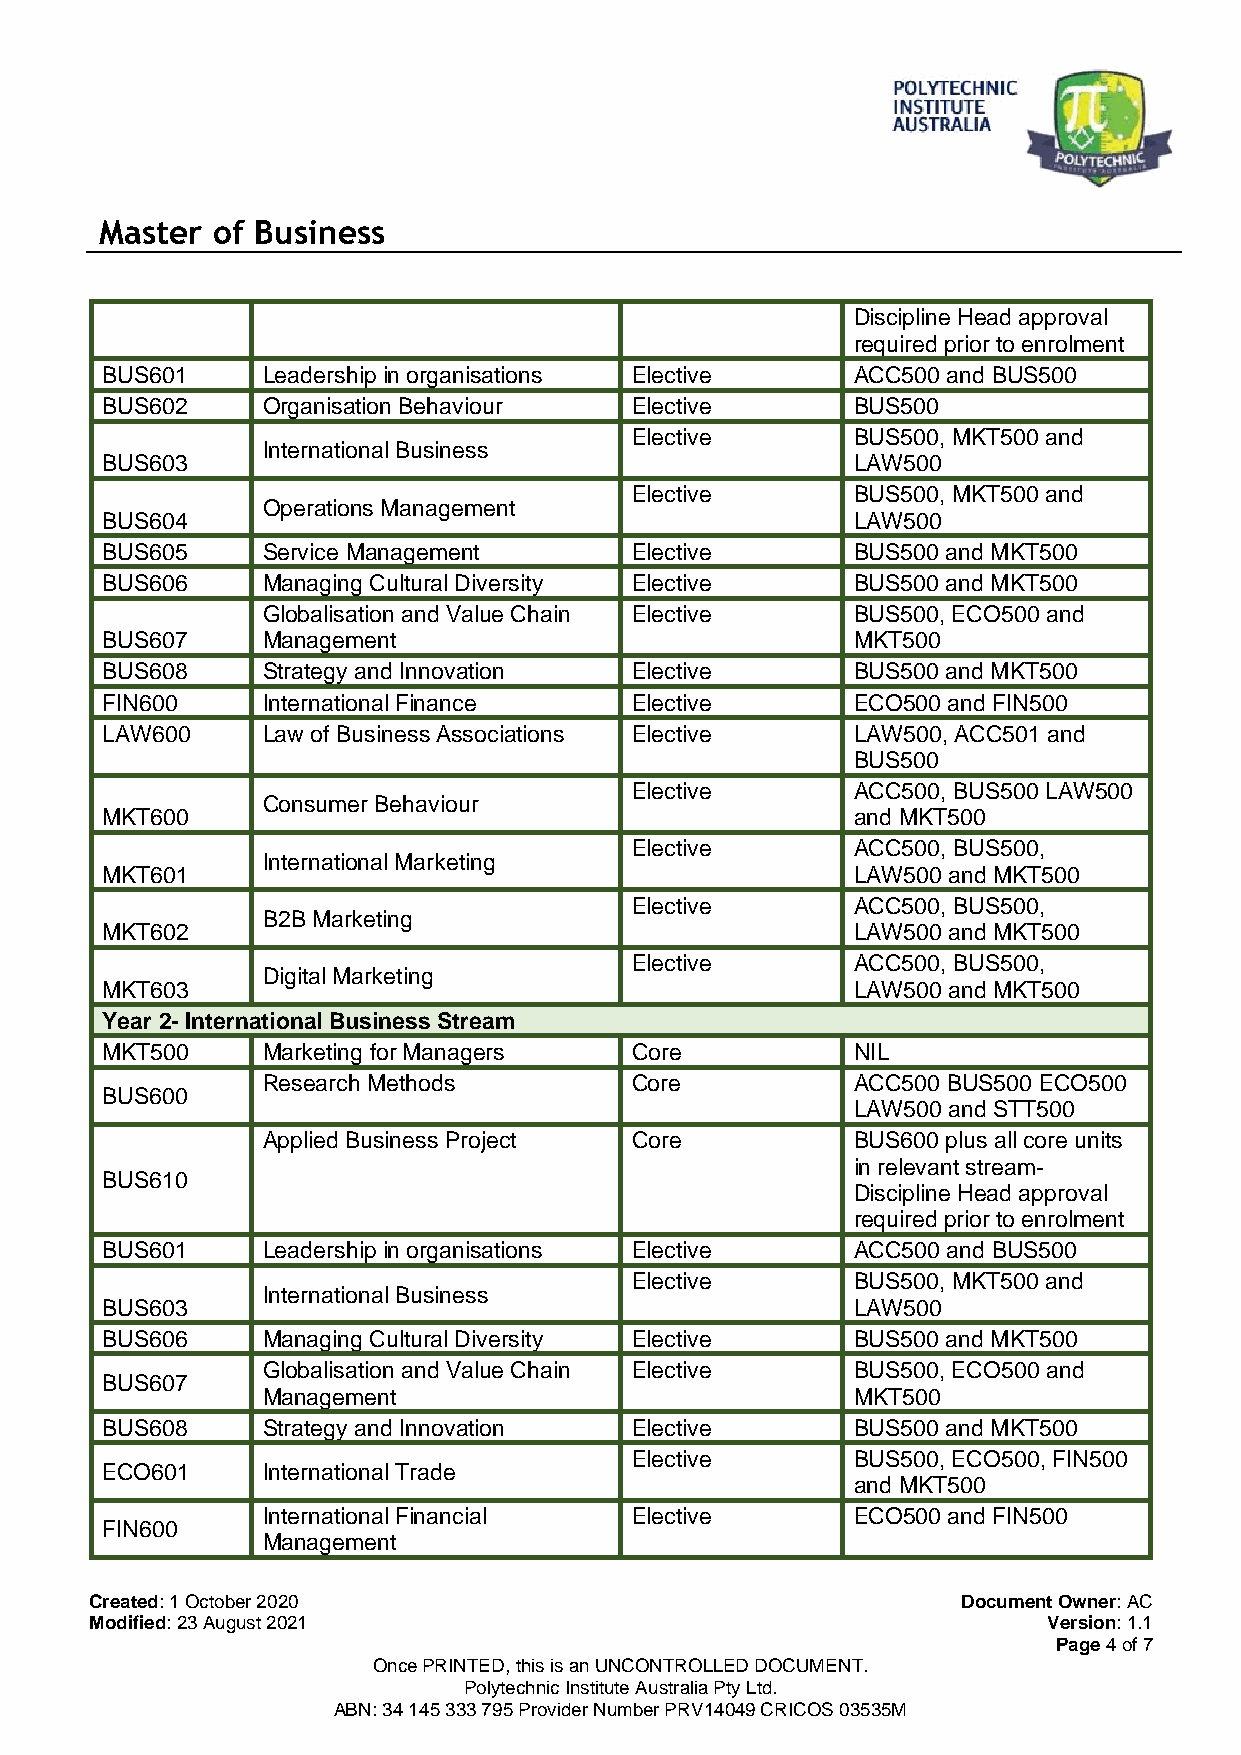
Master of Business
 Discipline Head approval
 required prior to enrolment
 BUS601    Leadership in organisations Elective    ACC500 and BUS500
 BUS602    Organisation Behaviour   Elective       BUS500
 Elective       BUS500, MKT500 and
 International Business
 BUS603                                            LAW500
 Elective       BUS500, MKT500 and
 Operations Management
 BUS604                                            LAW500
 BUS605    Service Management       Elective       BUS500 and MKT500
 BUS606    Managing Cultural Diversity Elective    BUS500 and MKT500
 Globalisation and Value Chain Elective  BUS500, ECO500 and
 BUS607    Management                              MKT500
 BUS608    Strategy and Innovation  Elective       BUS500 and MKT500
 FIN600    International Finance    Elective       ECO500 and FIN500
 LAW600    Law of Business Associations Elective   LAW500, ACC501 and
 BUS500
 Elective       ACC500, BUS500 LAW500
 Consumer Behaviour
 MKT600                                            and MKT500
 Elective       ACC500, BUS500,
 International Marketing
 MKT601                                            LAW500 and MKT500
 Elective       ACC500, BUS500,
 B2B Marketing
 MKT602                                            LAW500 and MKT500
 Elective       ACC500, BUS500,
 Digital Marketing
 MKT603                                            LAW500 and MKT500
 Year 2- International Business Stream
 MKT500    Marketing for Managers   Core           NIL
 Research Methods         Core           ACC500 BUS500 ECO500
 BUS600
 LAW500 and STT500
 Applied Business Project Core           BUS600 plus all core units
 in relevant stream-
 BUS610
 Discipline Head approval
 required prior to enrolment
 BUS601    Leadership in organisations Elective    ACC500 and BUS500
 Elective       BUS500, MKT500 and
 International Business
 BUS603                                            LAW500
 BUS606    Managing Cultural Diversity Elective    BUS500 and MKT500
 Globalisation and Value Chain Elective  BUS500, ECO500 and
 BUS607
 Management                              MKT500
 BUS608    Strategy and Innovation  Elective       BUS500 and MKT500
 Elective       BUS500, ECO500, FIN500
 ECO601    International Trade
 and MKT500
 International Financial  Elective       ECO500 and FIN500
 FIN600
 Management
 Created: 1 October 2020                                   Document Owner: AC
 Modified: 23 August 2021                                       Version: 1.1
 Page 4 of 7
 Once PRINTED, this is an UNCONTROLLED DOCUMENT.
 Polytechnic Institute Australia Pty Ltd.
 ABN: 34 145 333 795 Provider Number PRV14049 CRICOS 03535M